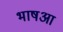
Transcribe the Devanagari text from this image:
भाषआ